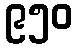
၉၅၀